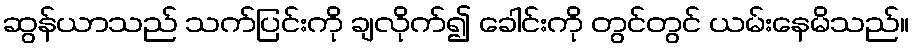
ဆွန်ယာသည် သက်ပြင်းကို ချလိုက်၍ ခေါင်းကို တွင်တွင် ယမ်းနေမိသည်။